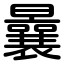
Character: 曩